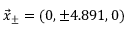
\vec { x } _ { \pm } = ( 0 , \pm 4 . 8 9 1 , 0 )